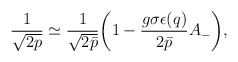
\begin{align*}\frac{1}{\sqrt{2p}} \simeq \frac{1}{\sqrt{2\bar{p}}}\bigg( 1 -\frac{g\sigma\epsilon(q)}{2\bar{p}}A_- \bigg),\end{align*}